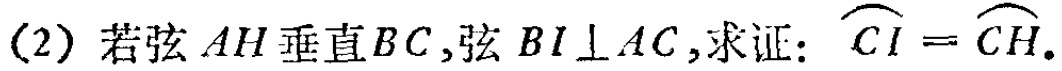
(2) 若弦 \(AH\) 垂直 \(BC\),弦 \(BI\perp AC\),求证: \(\overset{\frown}{CI}=\overset{\frown}{CH}\).